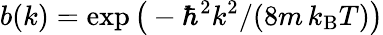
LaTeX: {b(k)=\exp\big(-\hbar^{2}k^{2}/(8m\, k_{\mathrm{B}}T)}\big)